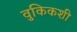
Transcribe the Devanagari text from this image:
वुकिकशी